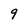
Character: 9